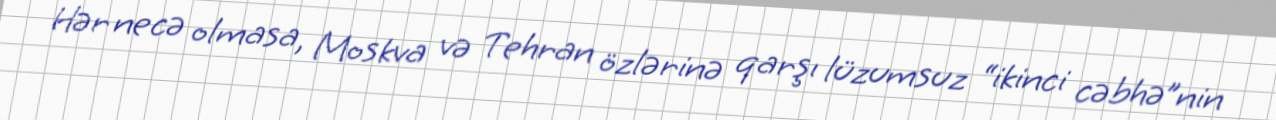
Hər necə olmasa, Moskva və Tehran özlərinə qarşı lüzumsuz “ikinci cəbhə”nin